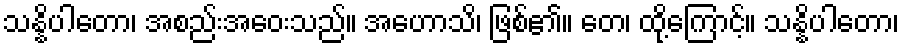
သန္နိပါတော၊ အစည်းအဝေးသည်။ အဟောသိ၊ ဖြစ်၏။ တေ၊ ထို့ကြောင့်။ သန္နိပါတော၊